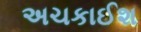
અચકાઈશ